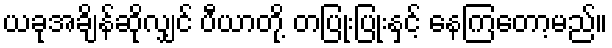
ယခုအချိန်ဆိုလျှင် ပီယာတို့ တပြုံးပြုံးနှင့် နေကြတော့မည်။